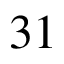
3 1